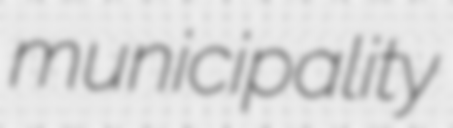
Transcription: municipality